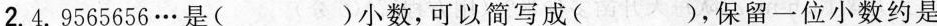
2.4.9565656…是（ ）小数，可以简写成（ ），保留一位小数约是